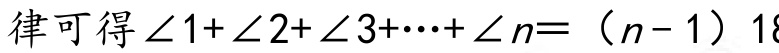
律可得\(\angle1+\angle2+\angle3+\cdots+\angle n=(n - 1)18\)